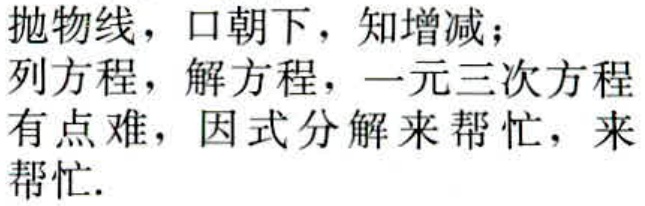
抛物线，口朝下，知增减；
列方程，解方程，一元三次方程
有点难，因式分解来帮忙，来
帮忙.